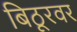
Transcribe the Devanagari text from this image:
बिठूरवर